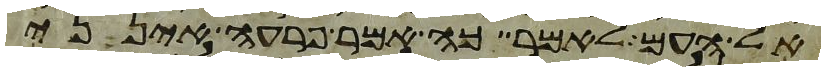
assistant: אל העם לאמר כה אמר פרעה אינני